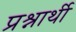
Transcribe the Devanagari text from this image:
प्रश्नार्थी